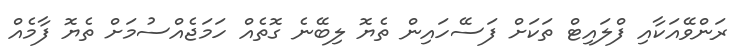
ރަންވޭއަކާއި ފްލައިޓް ތަކަށް ފަސޭހައިން ތެޔޮ ލިބޭނެ ގޮތެއް ހަަމަޖެއްސުމަށް ތެޔޮ ފާމެއް